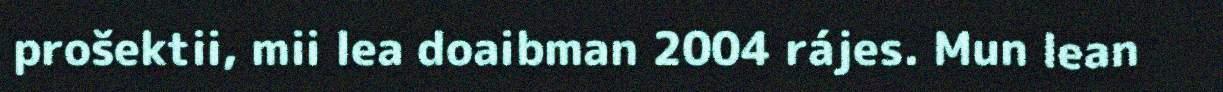
prošektii, mii lea doaibman 2004 rájes. Mun lean